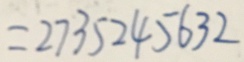
= 2 7 3 5 2 4 5 6 3 2